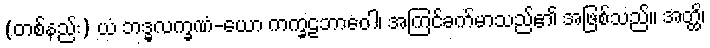
(တစ်နည်း) ယံ ဘဒ္ဓလက္ခဏံ-ယော ကက္ခဠဘာဝေါ၊ အကြင်ခက်မာသည်၏ အဖြစ်သည်။ အတ္ထိ၊